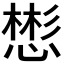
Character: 𪬟